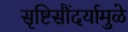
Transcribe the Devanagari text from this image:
सृष्टिसौंदर्यामुळे